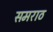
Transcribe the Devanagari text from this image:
समराठ